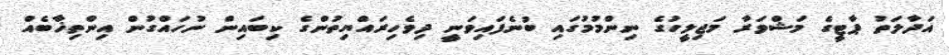
އަދާލަތު ޕާޓީގެ މަޝްވަރާ މަޖިލީހުގެ ނިންމުމުގައި ބުނެފައިވަނީ ދިވެހިރައްޔިތުންގެ ކިބައިން ނުހައްގުން އިންތިޚާބެއް